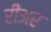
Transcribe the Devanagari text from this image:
रीअर